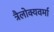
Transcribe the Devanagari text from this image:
त्रैलोक्यवर्मा